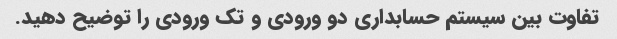
تفاوت بین سیستم حسابداری دو ورودی و تک ورودی را توضیح دهید.